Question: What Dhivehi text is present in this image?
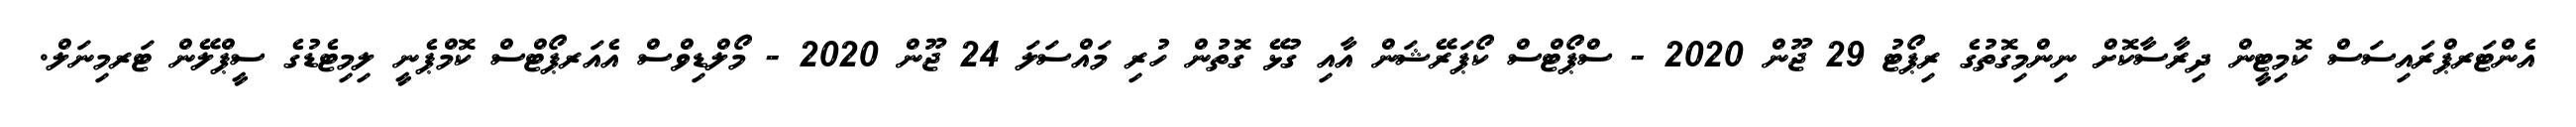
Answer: އެންޓަރޕްރައިސަސް ކޮމިޓީން ދިރާސާކޮށް ނިންމިގޮތުގެ ރިޕޯޓު 29 ޖޫން 2020 - ސްޕޯޓްސް ކޯޕަރޭޝަން އާއި ގުޅޭ ގޮތުން ހުރި މައްސަލަ 24 ޖޫން 2020 - މޯލްޑިވްސް އެއަރޕޯޓްސް ކޮމްޕެނީ ލިމިޓެޑުގެ ސީޕްލޭން ޓަރމިނަލް.